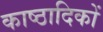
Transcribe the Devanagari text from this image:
काष्ठादिकों